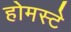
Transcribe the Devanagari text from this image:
होमस्टे